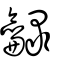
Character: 龣